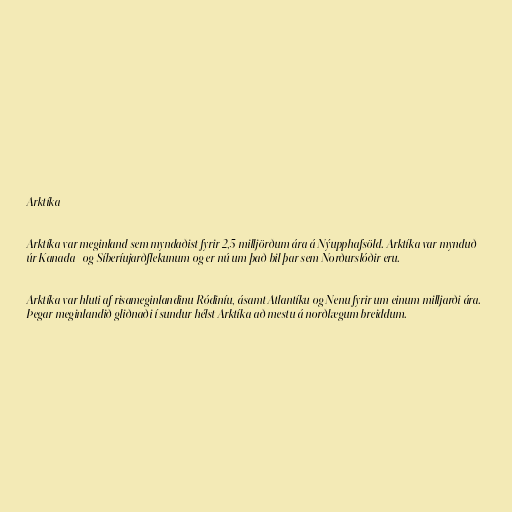
Arktíka

Arktíka var meginland sem myndaðist fyrir 2,5 milljörðum ára á Nýupphafsöld. Arktíka var mynduð
úr Kanada- og Síberíujarðflekunum og er nú um það bil þar sem Norðurslóðir eru.

Arktíka var hluti af risameginlandinu Ródiníu, ásamt Atlantíku og Nenu fyrir um einum milljarði ára.
Þegar meginlandið gliðnaði í sundur hélst Arktíka að mestu á norðlægum breiddum.